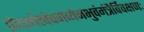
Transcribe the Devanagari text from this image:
प्रोक्षयेत्पंचगव्येनभुवंमंत्रैर्विचक्षणः